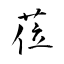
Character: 莅